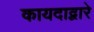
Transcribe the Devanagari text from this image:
कायदाद्वारे